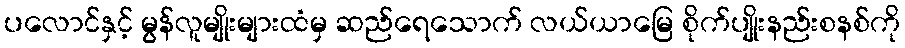
ပလောင်နှင့် မွန်လူမျိုးများထံမှ ဆည်ရေသောက် လယ်ယာမြေ စိုက်ပျိုးနည်းစနစ်ကို